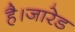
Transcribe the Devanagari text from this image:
है।जारेड